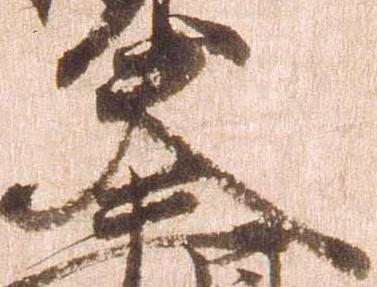
夫